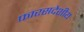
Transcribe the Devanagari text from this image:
फारसदेशीय